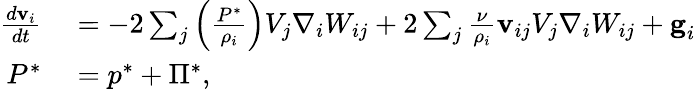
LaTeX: \begin{array}{rl}{\frac{d\textbf{v}_{i}}{dt}}&{{}=-2\sum_{j}\left(\frac{{P}^{*}}{\rho_{i}}\right)V_{j}\nabla_{i}W_{ij}+2\sum_{j}\frac{\nu}{\rho_{i}}\textbf{v}_{ij}V_{j}\nabla_{i}W_{ij}+\textbf{g}_{i}}\\ {{P}^{*}}&{{}={p}^{*}+{\Pi}^{*},}\end{array}